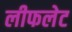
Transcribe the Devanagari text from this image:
लीफलेट